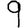
Digit: 9